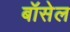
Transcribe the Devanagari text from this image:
बॉसेल